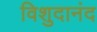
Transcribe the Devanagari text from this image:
विशुदानंद